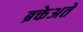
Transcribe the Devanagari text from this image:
ब्रक्तेअते